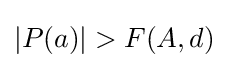
|P(a)|>F(A,d)